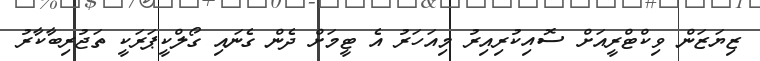
ޒިޔަޒަން ވިކްޓްރީއަށް ސޮއިކުރިއިރު މިއަހަރު އެ ޓީމަށް ދެން ގެނައި ގޯލްކީޕަރަކީ ތަޖުރިބާކާރު